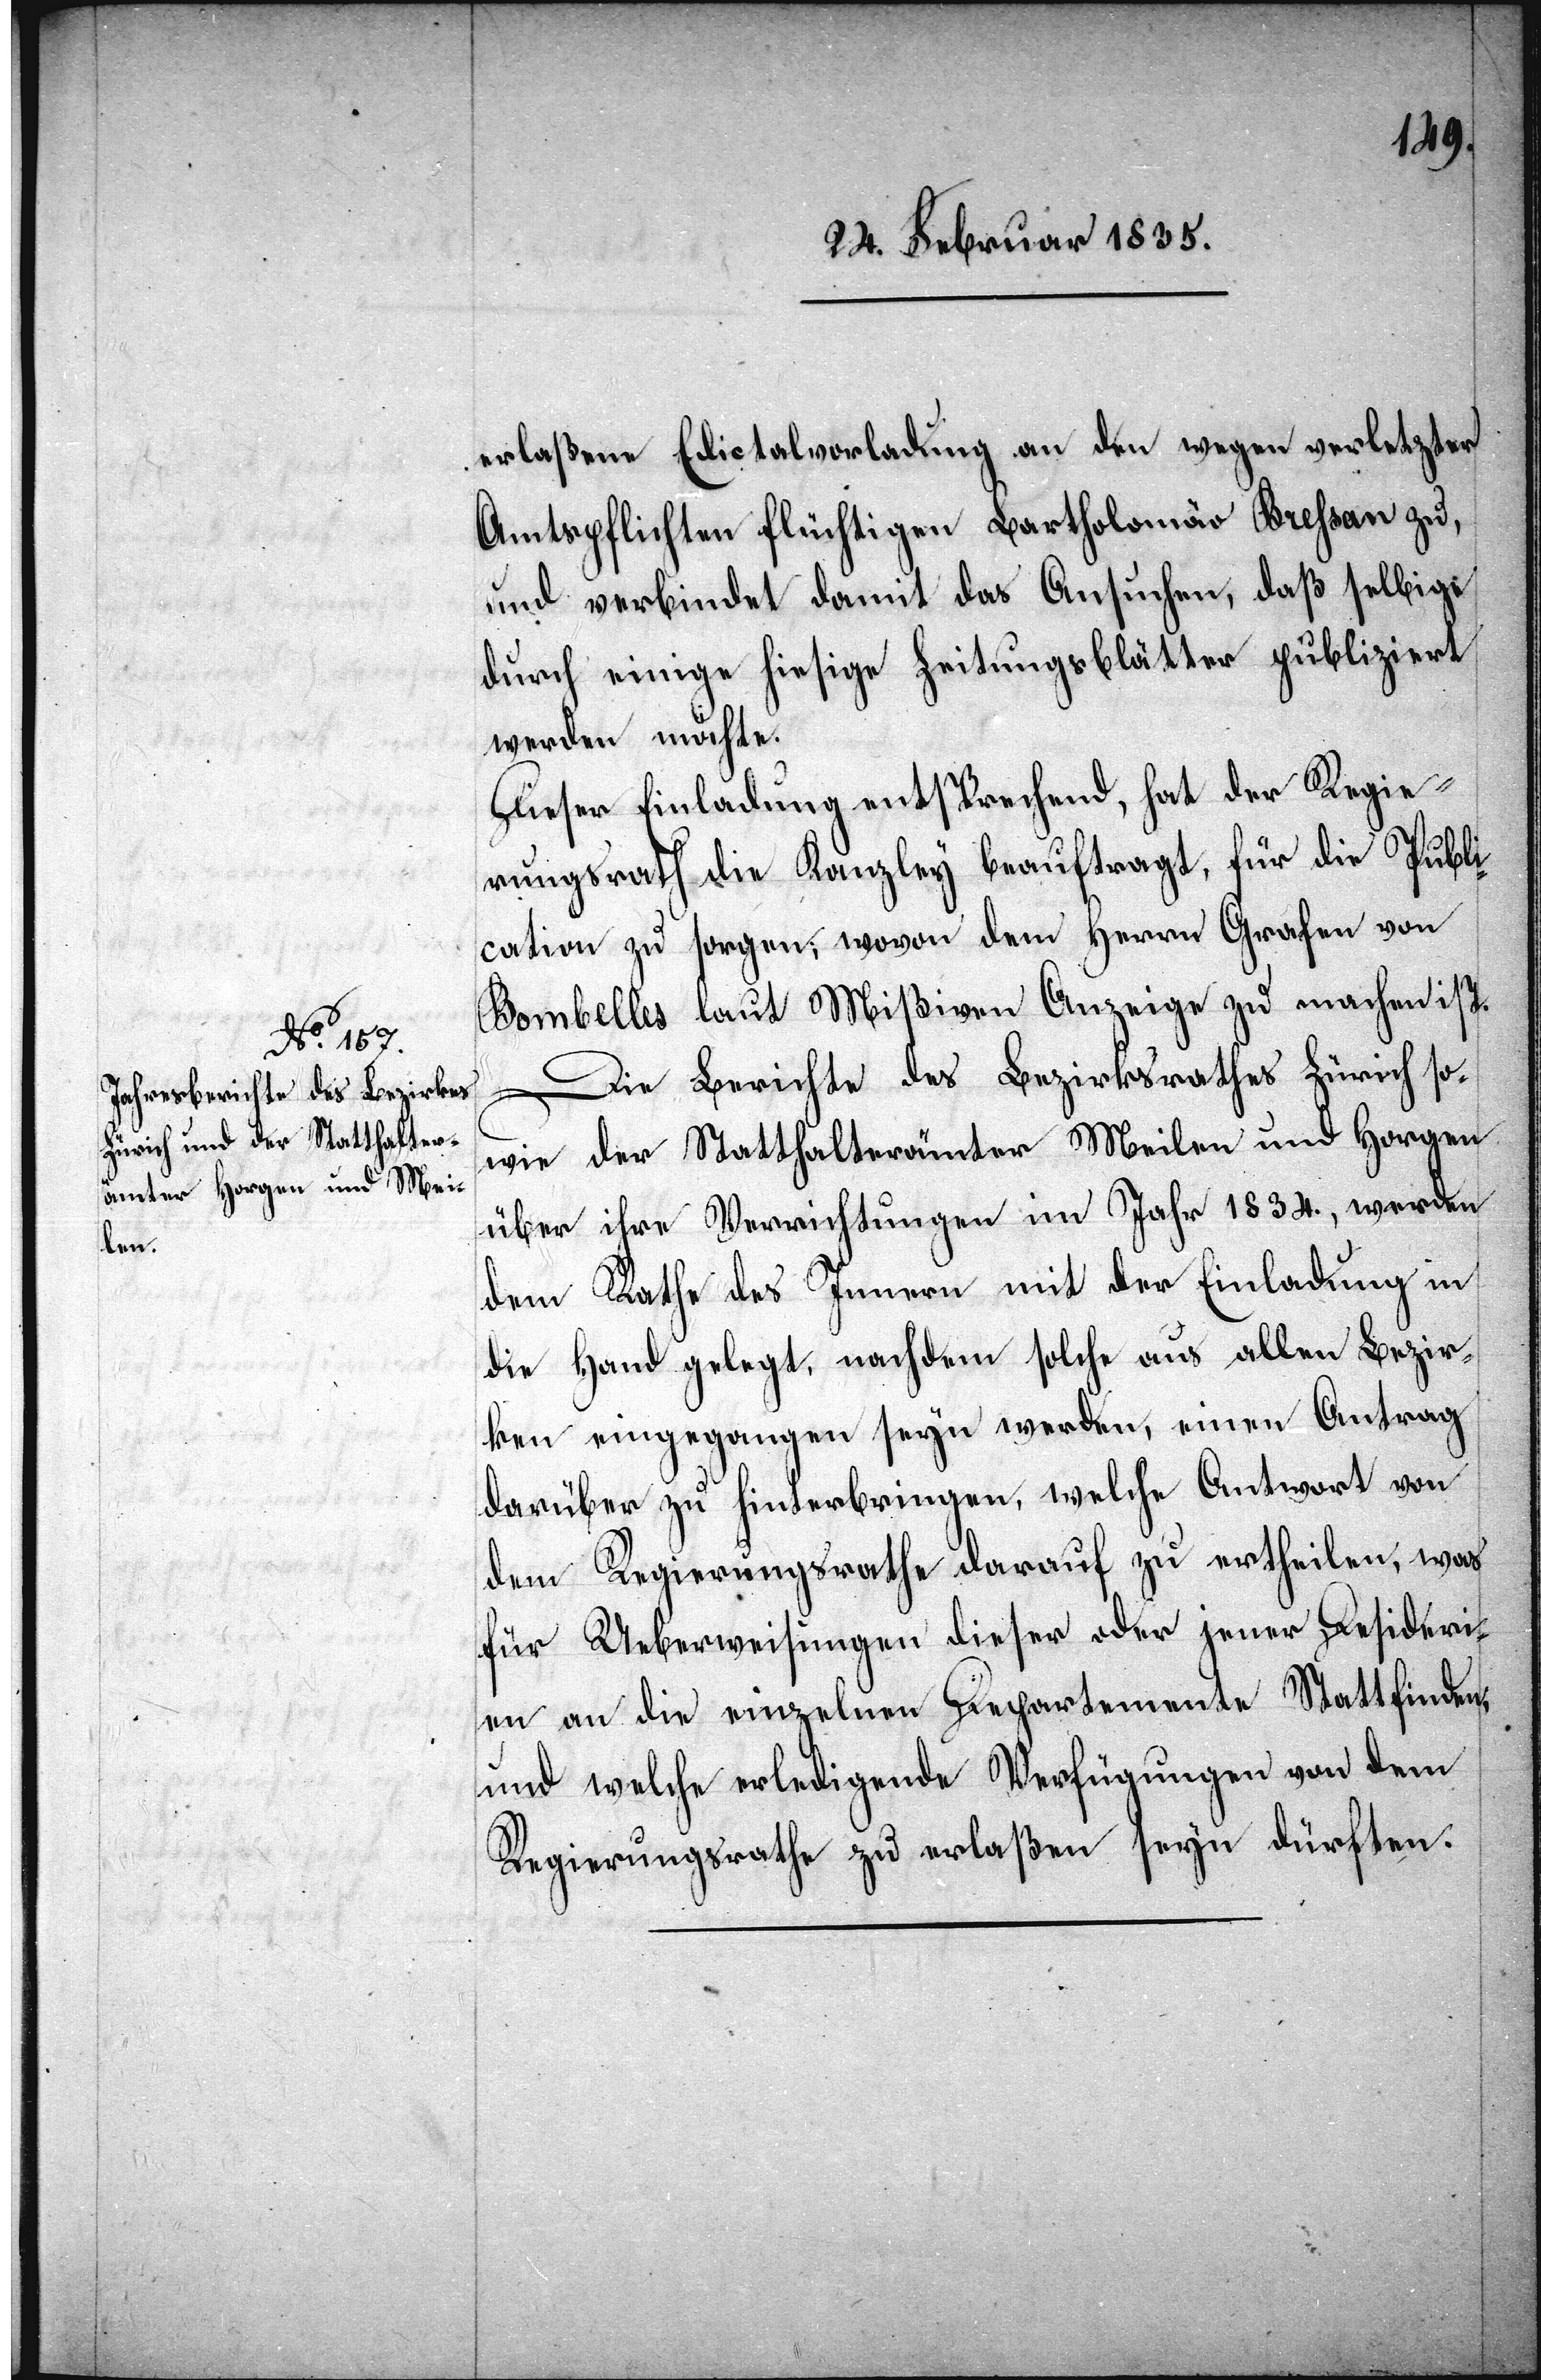
erlaßene Edictalvorladung an den wegen verletzter
Amtspflichten flüchtigen Bartholomäo Krehsan zu,
und verbindet damit das Ansuchen, daß selbige
durch einige hiesige Zeitungsblätter publiziert
werden möchte.
Dieser Einladung entsprechend, hat der Regie¬
rungsrath die Kanzley beauftragt, für die Publi¬
cation zu sorgen; wovon dem Herrn Grafen von
Bombelles laut Mißiven Anzeige zu machen ist.
Die Berichte des Bezirksrathes Zürich so¬
wie der Statthalterämter Meilen und Horgen
über ihre Verrichtungen im Jahr 1834., werden
dem Rathe des Innern mit der Einladung in
die Hand gelegt, nachdem solche aus allen Bezir¬
ken eingegangen seyn werden, einen Antrag
darüber zu hinterbringen, welche Antwort von
dem Regierungsrathe darauf zu ertheilen, was
für Ueberweisungen dieser oder jener Desideri¬
en an die einzelnen Departemente Statt finden
und welche erledigende Verfügungen von dem
Regierungsrathe zu erlaßen seyn dürften.